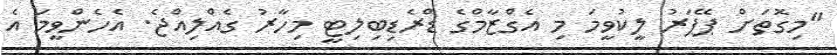
"މިގޮތަށް ޕޭޕަރު ލީކުވީމަ މި އެގްޒާމްގެ ޑްރެޑިބިލިޓީ މިހާރު ގެއްލިއްޖެ. އެހެންވީމަ އެ